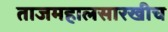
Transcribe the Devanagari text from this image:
ताजमहालसारखीच